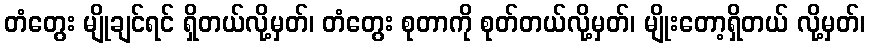
တံတွေး မျိုချင်ရင် ရှိတယ်လို့မှတ်၊ တံတွေး စုတာကို စုတ်တယ်လို့မှတ်၊ မျိုးတော့ရှိတယ် လို့မှတ်၊